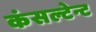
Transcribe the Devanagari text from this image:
कंसल्टेन्ट